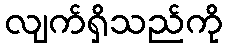
လျက်ရှိသည်ကို